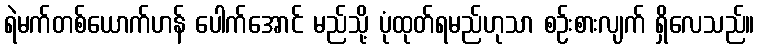
ရဲမက်တစ်ယောက်ဟန် ပေါက်အောင် မည်သို့ ပုံထုတ်ရမည်ဟုသာ စဉ်းစားလျက် ရှိလေသည်။